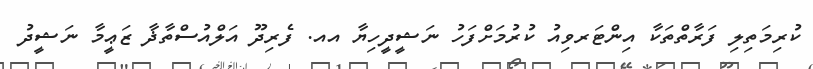
ކުރިމަތިލި ފަރާތްތަކާ އިންޓަރވިއު ކުރުމަށްފަހު ނަޝީދީހިޔާ އއ. ފެރިދޫ އަލްއުސްތާޛާ ޒަޢީމާ ނަޝީދު